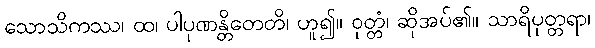
သောသိကဿ၊ ထ၊ ပါပုဏန္တိတေတိ၊ ဟူ၍။ ဝုတ္တံ၊ ဆိုအပ်၏။ သာရိပုတ္တရာ၊